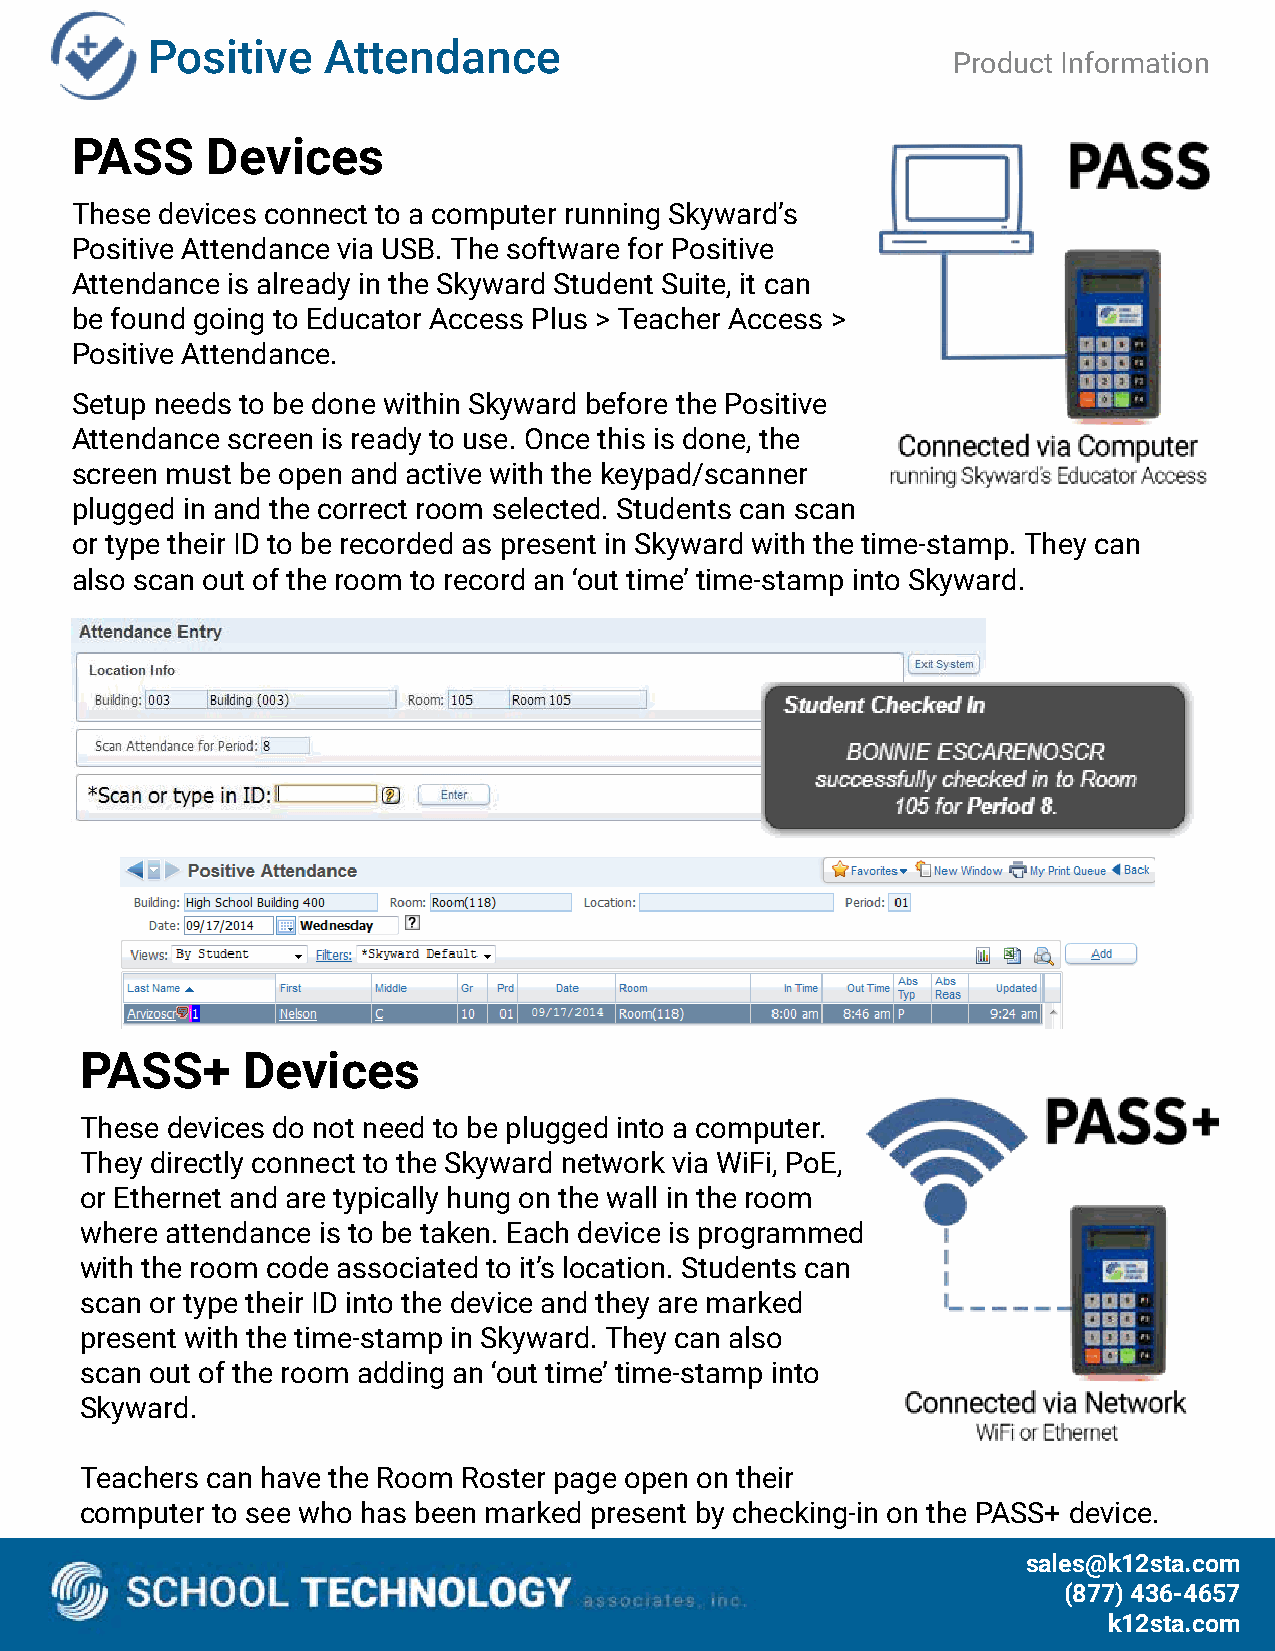
Positive   Attendance
 Product Information
 PASS     Devices
 These devices connect to a computer running Skyward’s
 Positive Attendance via USB. The software for Positive
 Attendance is already in the Skyward Student Suite, it can
 be found going to Educator Access Plus > Teacher Access >
 Positive Attendance.
 Setup needs to be done within Skyward before the Positive
 Attendance screen is ready to use. Once this is done, the
 screen must be open and active with the keypad/scanner
 plugged in and the correct room selected. Students can scan
 or type their ID to be recorded as present in Skyward with the time-stamp. They can
 also scan out of the room to record an ‘out time’ time-stamp into Skyward.
 PASS+      Devices
 These devices do not need to be plugged into a computer.
 They directly connect to the Skyward network via WiFi, PoE,
 or Ethernet and are typically hung on the wall in the room
 where attendance is to be taken. Each device is programmed
 with the room code associated to it’s location. Students can
 scan or type their ID into the device and they are marked
 present with the time-stamp in Skyward. They can also
 scan out of the room adding an ‘out time’ time-stamp into
 Skyward.
 Teachers can have the Room Roster page open on their
 computer to see who has been marked present by checking-in on the PASS+ device.
 ssaalleess@@kk1122ssttaa..ccoomm
 ((887777)) 443366--44665577
 kk1122ssttaa..ccoomm